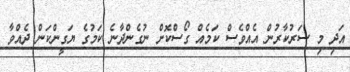
އަދި މި ސަރުކާރުން އެއްވެސް ކަމެއް ގޯސްކޮށް ނުގެންދާނެ ކަމުގެ ޔަގީންކަން ދެއްވާ